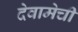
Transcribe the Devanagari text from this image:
देवामेची